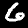
Digit: 6